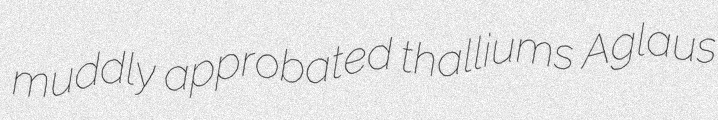
muddly approbated thalliums Aglaus